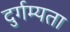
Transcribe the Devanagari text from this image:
दुर्गम्यता